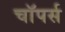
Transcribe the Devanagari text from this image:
चाॅपर्स